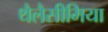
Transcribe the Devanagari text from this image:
थैलैसीमिया